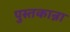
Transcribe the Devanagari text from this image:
पुस्तकान्ना